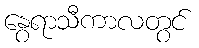
နွေရာသီကာလတွင်